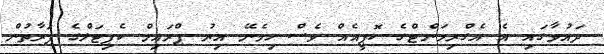
ދައުވާގައި އެ އެގްރިމަންޓްގެ ކޮޕީއެއް ވެސް ހިމެނޭ އިރު ޕްރައިމް ކެޕިޓަލްގެ ފަރާތުން